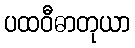
ပထဝီဓာတုယာ